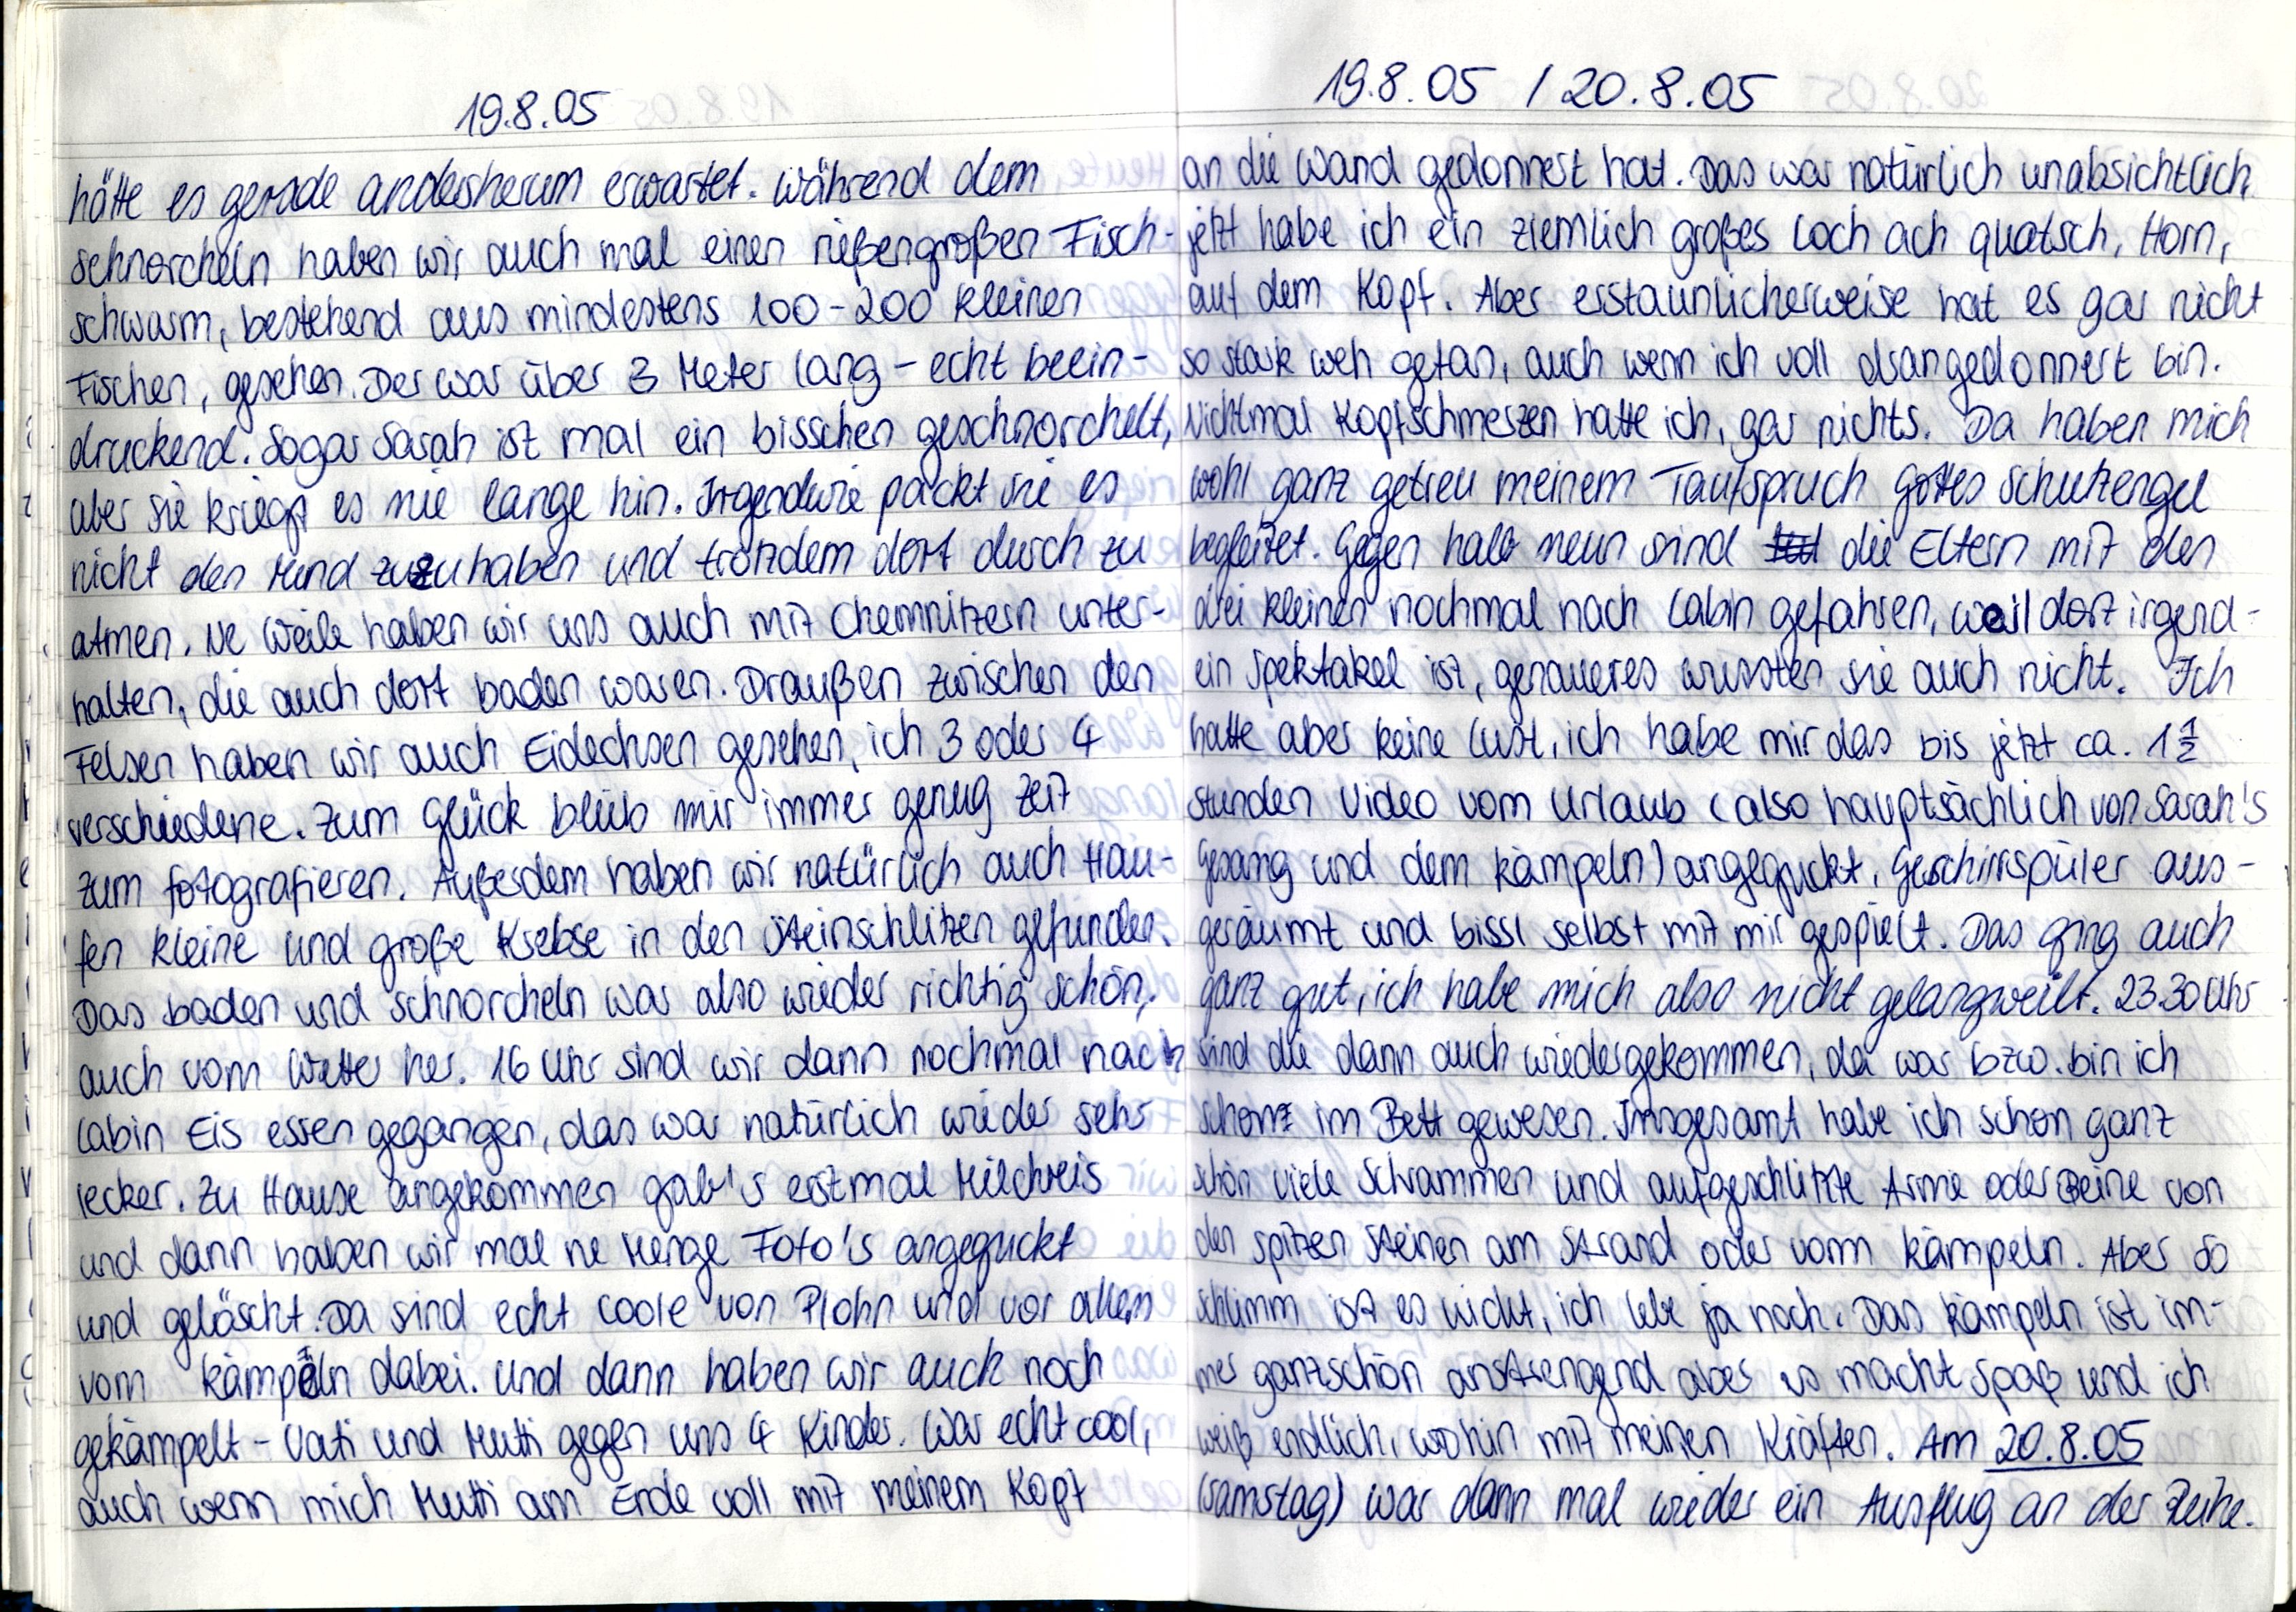
19.8.05
hätte es gerade andersherum erwartet. Während dem
schnorcheln haben wir auch mal einen rießengroßen Fisch-
schwarm, bestehend aus mindestens 100-200 kleinen
Fischen, gesehen. Der war über 3 Meter lang - echt beein-
druckend. sogar Sarah ist mal ein bisschen geschnorchelt,
aber sie kriegt es nie lange hin. Irgendwie packt sie es
nicht den Mund zuzuhaben und trotzdem dort durch zu
atmen. Ne Weile haben wir uns auch mit Chemnitzern unter-
halten, die auch dort baden waren. Draußen zwischen den
Felsen haben wir auch Eidechsen gesehen, ich 3 oder 4
verschiedene. Zum Glück blieb mir immer genug Zeit
zum fotografieren. Außerdem haben wir natürlich auch Hau-
fen kleine und große Krebse in den Steinschlitzen gefunden.
Das baden und schnorcheln war also wieder richtig schön,
auch vom Wetter her. 16 Uhr sind wir dann nochmal nach
labin Eis essen gegangen, das war natürlich wieder sehr
lecker. Zu Hause angekommen gab's erstmal Milchreis
und dann haben wir mal ne Menge Foto's angeguckt
und gelöscht. Da sind echt coole von Plohn und vor allen
vom kämpeln dabei. Und dann haben wir auch noch
gekämpelt - Vati und Mutti gegen uns 4 Kinder. War echt cool,
auch wenn mich Mutti am Ende voll mit meinem Kopf

19.8.05 / 20.8.05
an die Wand gedonnert hat. Das war natürlich unabsichtlich
jetzt habe ich ein ziemlich großes Loch ach quatsch, Horn,
auf dem Kopf. Aber erstaunlicherweise hat es gar nicht
so stark weh getan, auch wenn ich voll drangedonnert bin.
Nichtmal Kopfschmerzen hatte ich, gar nichts. Da haben mich
wohl ganz getreu meinem Taufspruch Gottes Schutzengel
begleitet. Gegen halb neun sind die Eltern mit den
drei kleinen nochmal nach Labin gefahren, weil dort irgend-
ein Spektakel ist, genaueres wussten sie auch nicht. Ich
hatte aber keine Lust, ich habe mir das bis jetzt ca. 1½
Stunden Video vom urlaub (also hauptsächlich von Sarah's
Gesang und dem kämpeln) angeguckt, Geschirrspüler aus-
geräumt und bissl selbst mit mir gespielt. Das ging auch
ganz gut, ich habe mich also nicht gelangweilgt. 23.30 Uhr
sind die dann auch wiedergekommen, da war bzw. bin ich
schon im Bett gewesen. Insgesamt habe ich schon ganz
schön viele Schrammen und aufgeschlitzte Arme oder Beine von
den spitzen Steinen am Strand oder vom kämpeln. Aber so
schlimm ist es nicht, ich lebe ja noch. Das kämpeln ist im-
mer ganz schön anstregend aber es macht Spaß und ich
weiß endlich, wohin mit meinen Kräften. Am 20.8.05
(Samstag) war dann mal wieder ein Ausflug an der Reihe.